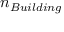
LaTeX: n _ { B u i l d i n g } \,